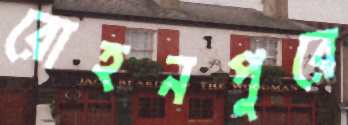
রোহনপুরে